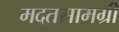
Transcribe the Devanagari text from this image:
मदतसामग्री